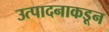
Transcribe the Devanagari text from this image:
उत्पादनाकडून